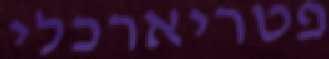
פטריארכלי